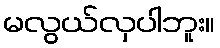
မလွယ်လှပါဘူး။